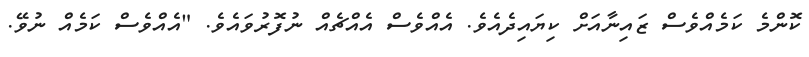
ކޮންމެ ކަމެއްވެސް ޒައިނާއަށް ކިޔައިދެއެވެ. އެއްވެސް އެއްޗެއް ނުފޮރުވައެވެ. "އެއްވެސް ކަމެއް ނުވޭ.